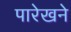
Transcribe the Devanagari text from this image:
पारेखने